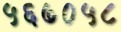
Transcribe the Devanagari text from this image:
५६७०५८